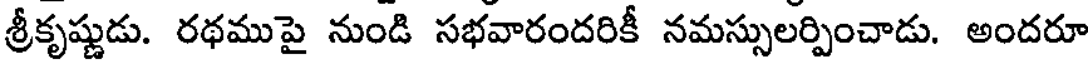
శ్రీకృష్ణుడు. రథముపై నుండి సభవారందరికీ నమస్సులర్పించాడు. అందరూ